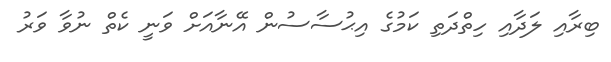
ބިރާއި ލަދާއި ހިތްދަތި ކަމުގެ އިޙުސާސުން އޭނާއަށް ވަނީ ކެތް ނުވާ ވަރު